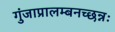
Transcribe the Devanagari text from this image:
गुंजाप्रालम्बनच्छन्नः